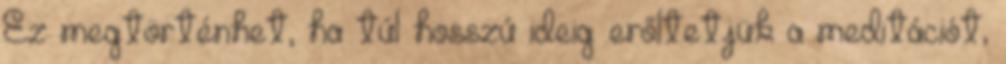
Ez megtörténhet, ha túl hosszú ideig erőltetjük a meditációt,